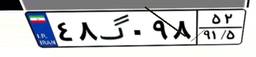
۴۸گ۰۹۸۵۲